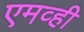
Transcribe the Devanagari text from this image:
एमव्ही